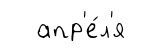
апр'е́л'я